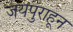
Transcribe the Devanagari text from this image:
जयपुराहून